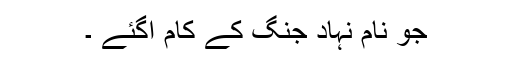
جو نام نہاد جنگ کے کام آگئے ۔